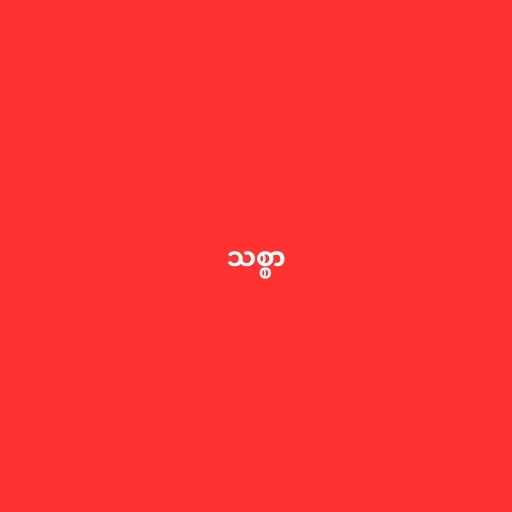
သစ္စာ